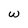
Character: w